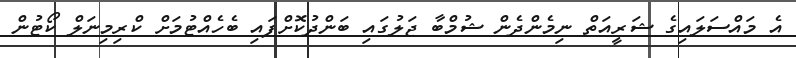
އެ މައްސަލައިގެ ޝަރީއަތް ނިމެންދެން ޝުމްބާ ޖަލުގައި ބަންދުކޮށްފައި ބެހެއްޓުމަށް ކްރިމިނަލް ކޯޓުން